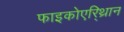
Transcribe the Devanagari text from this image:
फाइकोएरि्थ्रान